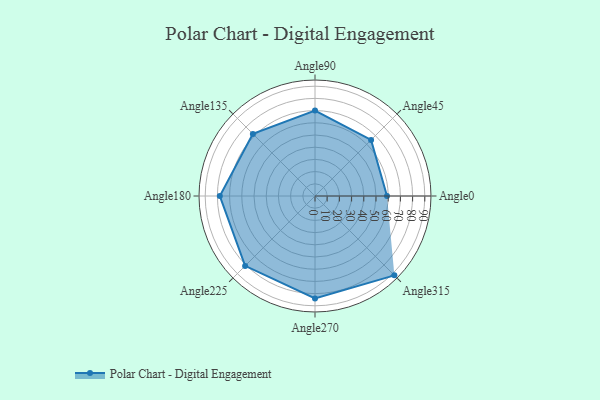
{"axis": {"x": "Angle", "y": "Radius"}, "legend": [""], "data": [{"x": "Angle0", "y": 59.0, "type": ""}, {"x": "Angle45", "y": 65.0, "type": ""}, {"x": "Angle90", "y": 70.0, "type": ""}, {"x": "Angle135", "y": 72.0, "type": ""}, {"x": "Angle180", "y": 78.0, "type": ""}, {"x": "Angle225", "y": 81.0, "type": ""}, {"x": "Angle270", "y": 84.0, "type": ""}, {"x": "Angle315", "y": 92.0, "type": ""}]}